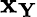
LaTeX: \mathbf{x}_{\mathbf{Y}}